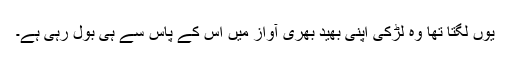
یوں لگتا تھا وہ لڑکی اپنی بھید بھری آواز میں اس کے پاس سے ہی بول رہی ہے۔